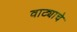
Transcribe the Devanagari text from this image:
वाट्याचे